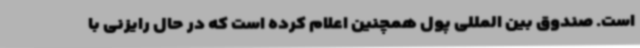
است. صندوق بین المللی پول همچنین اعلام کرده است که در حال رایزنی با